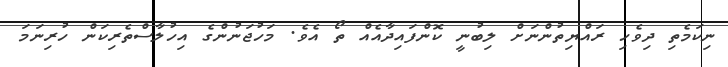
ނިކަމެތި ދިވެހި ރައްޔިތުންނަށް ލިބުނީ ކޮންފައިދާއެއް ތޯ އެވެ. މަހުޖަނުންގެ އިހުލާސްތެރިކަން ހުރިނަމަ